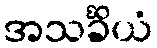
အသင်္ခိယံ